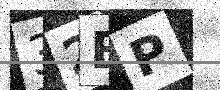
Text: 32BP